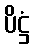
ပိဋ္ဌံ